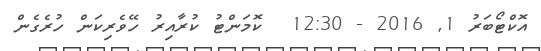
އޮކްޓޯބަރު 1